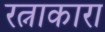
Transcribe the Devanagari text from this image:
रत्नाकारा